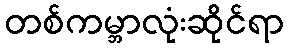
တစ်ကမ္ဘာလုံးဆိုင်ရာ